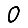
Digit: 0